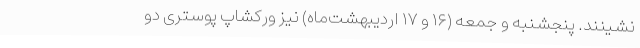
‌نشینند. پنجشنبه و جمعه (۱۶ و ۱۷ اردیبهشت‌ماه) نیز ورکشاپ پوستری دو